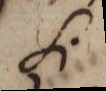
Si